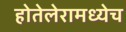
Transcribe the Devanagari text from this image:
होतेलेरामध्येच